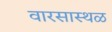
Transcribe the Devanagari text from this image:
वारसास्थळ